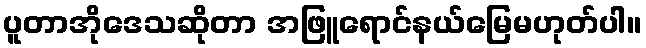
ပူတာအိုဒေသဆိုတာ အဖြူရောင်နယ်မြေမဟုတ်ပါ။